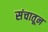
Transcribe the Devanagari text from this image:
संचातून